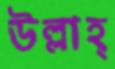
উল্লাহ্